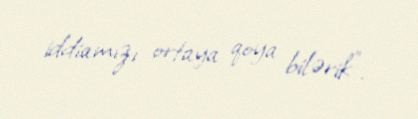
iddiamızı ortaya qoya bilərik”.